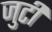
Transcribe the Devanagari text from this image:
जुटीं